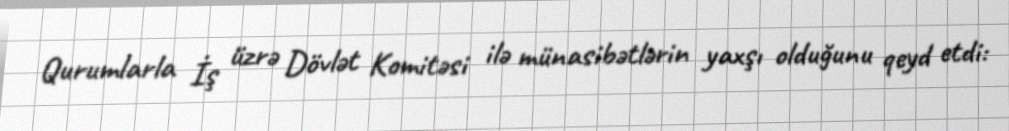
Qurumlarla İş üzrə Dövlət Komitəsi ilə münasibətlərin yaxşı olduğunu qeyd etdi: